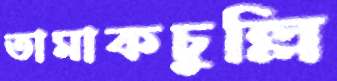
তামাকচুল্লি